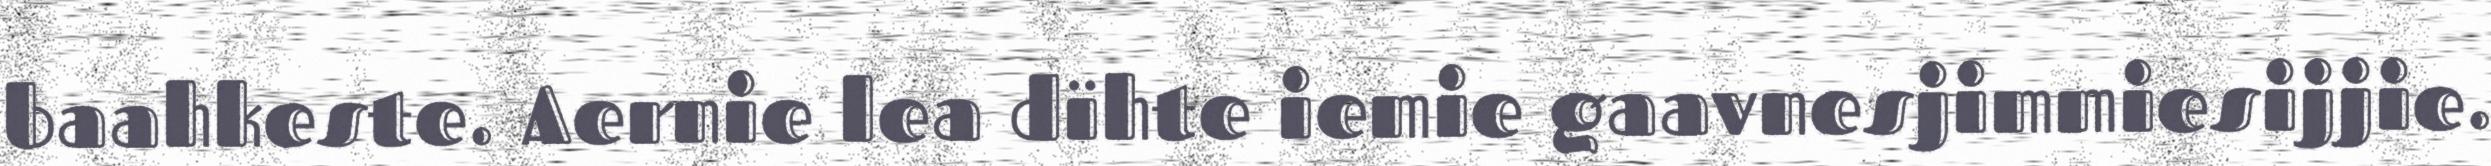
baahkeste. Aernie lea dïhte iemie gaavnesjimmiesijjie.